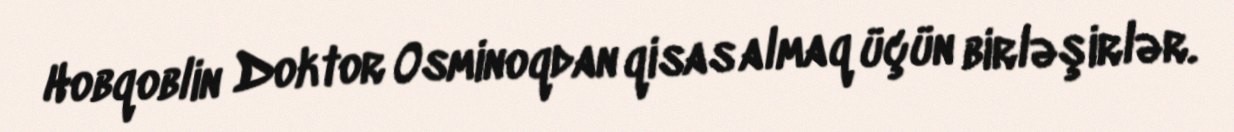
Hobqoblin Doktor Osminoqdan qisas almaq üçün birləşirlər.